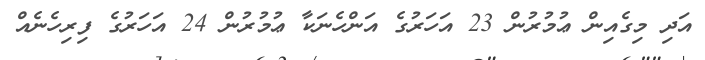
އަދި މިގެއިން ޢުމުރުން 23 އަހަރުގެ އަންހެނަކާ ޢުމުރުން 24 އަހަރުގެ ފިރިހެނެއް